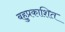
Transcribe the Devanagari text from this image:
बहुप्रकाशित